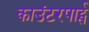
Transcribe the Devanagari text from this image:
काउंटरपार्ट्स